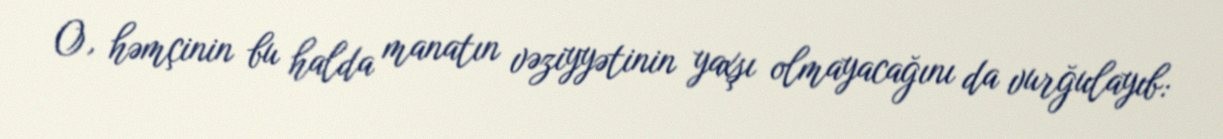
O, həmçinin bu halda manatın vəziyyətinin yaxşı olmayacağını da vurğulayıb: